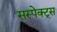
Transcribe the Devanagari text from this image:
सस्पेक्ट्स